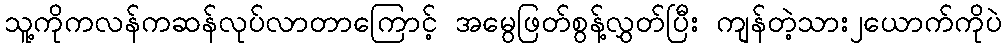
သူ့ကိုကလန်ကဆန်လုပ်လာတာကြောင့် အမွေဖြတ်စွန့်လွှတ်ပြီး ကျန်တဲ့သား၂ယောက်ကိုပဲ